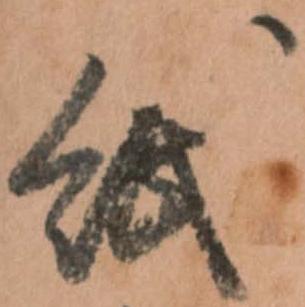
紙